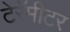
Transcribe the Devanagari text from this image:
टेरॅमीटर